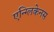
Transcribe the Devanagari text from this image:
एन्ग्लिकेनस